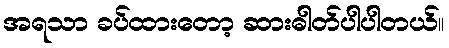
အရသာ ခပ်ထားတော့ ဆားဓါတ်ပါပါတယ်။